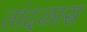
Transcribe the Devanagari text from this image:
तांदळास